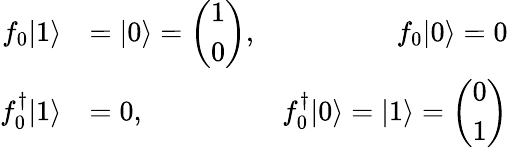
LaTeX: \begin{array}{rlr}{f_{0}|1\rangle}&{=|0\rangle=\left(\begin{array}{l}{1}\\ {0}\end{array}\right),}&{f_{0}|0\rangle=0}\\ {f_{0}^{\dagger}|1\rangle}&{=0,}&{f_{0}^{\dagger}|0\rangle=|1\rangle=\left(\begin{array}{ll}{0}\\ {1}\end{array}\right)}\end{array}